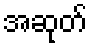
အဆုတ်